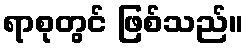
ရာစုတွင် ဖြစ်သည်။